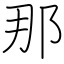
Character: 那